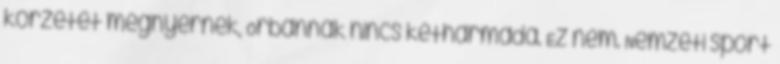
körzetet megnyernek, Orbánnak nincs kétharmada. Ez nem. Nemzeti sport